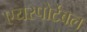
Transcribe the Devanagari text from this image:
एयरपोर्टेबल